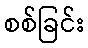
စစ်ခြင်း